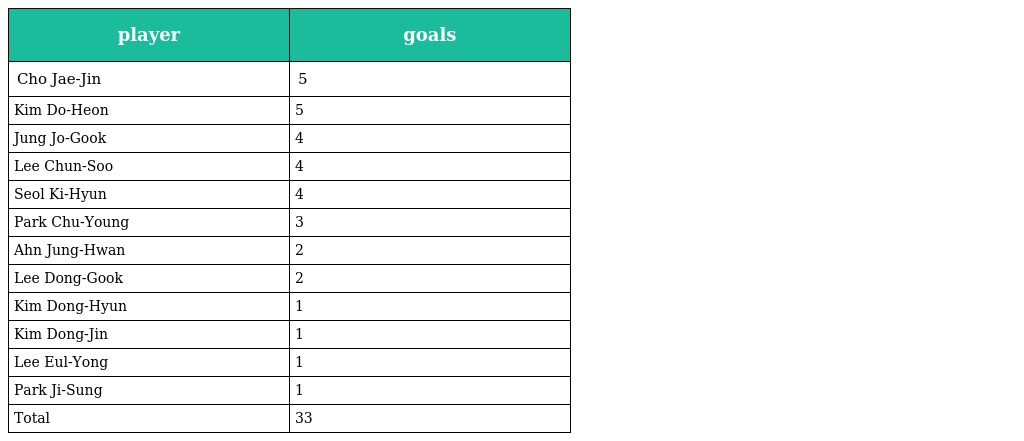
| player | goals |
 | --- | --- |
 | Cho Jae-Jin | 5 |
 | Kim Do-Heon | 5 |
 | Jung Jo-Gook | 4 |
 | Lee Chun-Soo | 4 |
 | Seol Ki-Hyun | 4 |
 | Park Chu-Young | 3 |
 | Ahn Jung-Hwan | 2 |
 | Lee Dong-Gook | 2 |
 | Kim Dong-Hyun | 1 |
 | Kim Dong-Jin | 1 |
 | Lee Eul-Yong | 1 |
 | Park Ji-Sung | 1 |
 | Total | 33 |